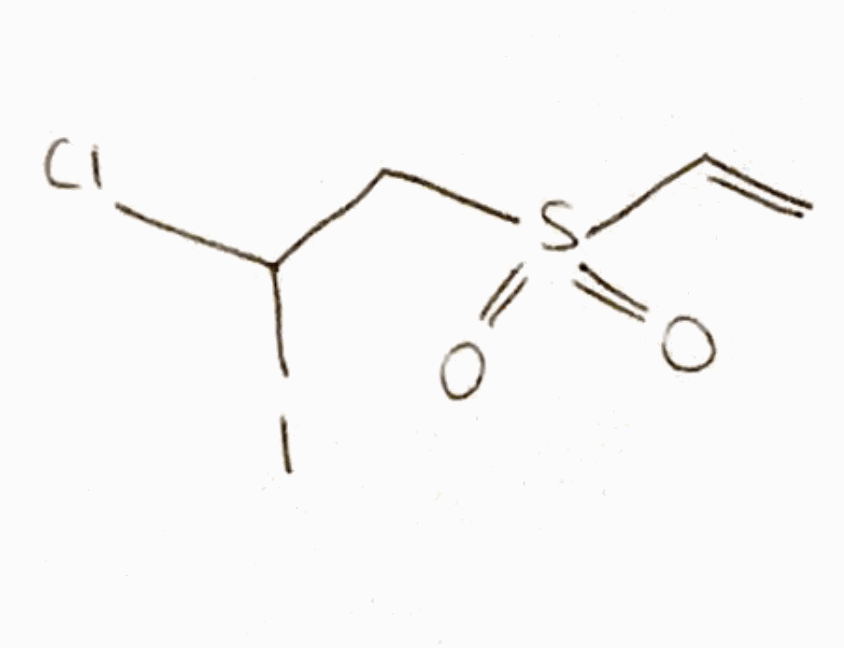
Simplified molecular-input line-entry system (SMILES) notation of the given molecule:
C=CS(=O)(=O)CC(Cl)I